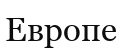
Европе